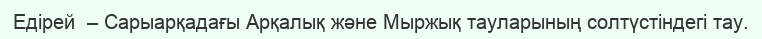
Едірей  – Сарыарқадағы Арқалық және Мыржық тауларының солтүстіндегі тау.